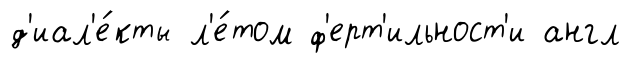
д'иал'е́кты л'е́том ф'ерт'ильност'и англ